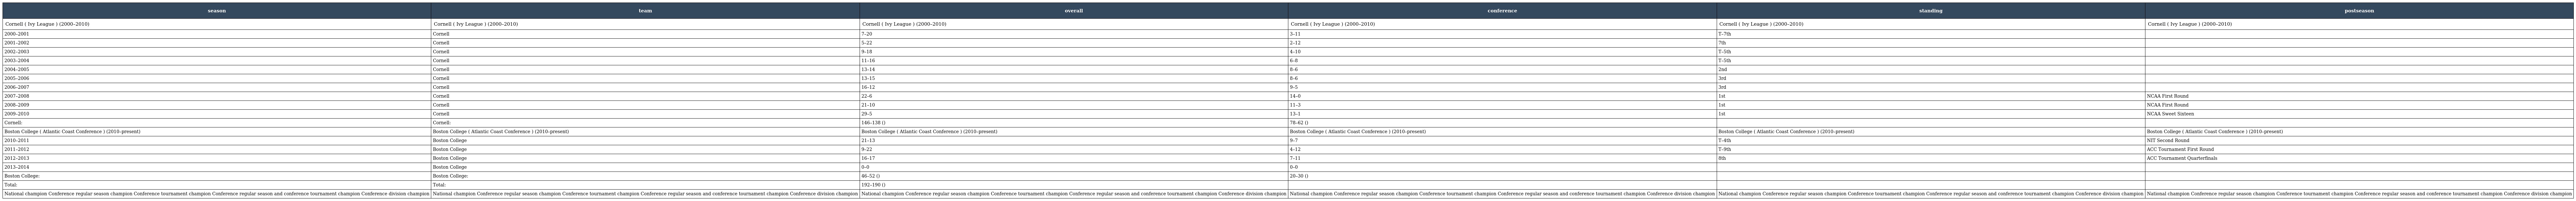
| season | team | overall | conference | standing | postseason |
 | --- | --- | --- | --- | --- | --- |
 | Cornell ( Ivy League ) (2000–2010) | Cornell ( Ivy League ) (2000–2010) | Cornell ( Ivy League ) (2000–2010) | Cornell ( Ivy League ) (2000–2010) | Cornell ( Ivy League ) (2000–2010) | Cornell ( Ivy League ) (2000–2010) |
 | 2000–2001 | Cornell | 7–20 | 3–11 | T–7th |  |
 | 2001–2002 | Cornell | 5–22 | 2–12 | 7th |  |
 | 2002–2003 | Cornell | 9–18 | 4–10 | T–5th |  |
 | 2003–2004 | Cornell | 11–16 | 6–8 | T–5th |  |
 | 2004–2005 | Cornell | 13–14 | 8–6 | 2nd |  |
 | 2005–2006 | Cornell | 13–15 | 8–6 | 3rd |  |
 | 2006–2007 | Cornell | 16–12 | 9–5 | 3rd |  |
 | 2007–2008 | Cornell | 22–6 | 14–0 | 1st | NCAA First Round |
 | 2008–2009 | Cornell | 21–10 | 11–3 | 1st | NCAA First Round |
 | 2009–2010 | Cornell | 29–5 | 13–1 | 1st | NCAA Sweet Sixteen |
 | Cornell: | Cornell: | 146–138 () | 78–62 () |  |  |
 | Boston College ( Atlantic Coast Conference ) (2010–present) | Boston College ( Atlantic Coast Conference ) (2010–present) | Boston College ( Atlantic Coast Conference ) (2010–present) | Boston College ( Atlantic Coast Conference ) (2010–present) | Boston College ( Atlantic Coast Conference ) (2010–present) | Boston College ( Atlantic Coast Conference ) (2010–present) |
 | 2010–2011 | Boston College | 21–13 | 9–7 | T–4th | NIT Second Round |
 | 2011–2012 | Boston College | 9–22 | 4–12 | T–9th | ACC Tournament First Round |
 | 2012–2013 | Boston College | 16–17 | 7–11 | 8th | ACC Tournament Quarterfinals |
 | 2013–2014 | Boston College | 0–0 | 0–0 |  |  |
 | Boston College: | Boston College: | 46–52 () | 20–30 () |  |  |
 | Total: | Total: | 192–190 () |  |  |  |
 | National champion Conference regular season champion Conference tournament champion Conference regular season and conference tournament champion Conference division champion | National champion Conference regular season champion Conference tournament champion Conference regular season and conference tournament champion Conference division champion | National champion Conference regular season champion Conference tournament champion Conference regular season and conference tournament champion Conference division champion | National champion Conference regular season champion Conference tournament champion Conference regular season and conference tournament champion Conference division champion | National champion Conference regular season champion Conference tournament champion Conference regular season and conference tournament champion Conference division champion | National champion Conference regular season champion Conference tournament champion Conference regular season and conference tournament champion Conference division champion |